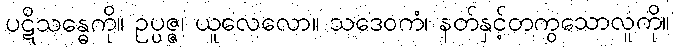
ပဋိသန္ဓေကို။ ဥပ္ပဇ္ဇ၊ ယူလေလော။ သဒေဝကံ၊ နတ်နှင့်တကွသောလူကို။